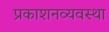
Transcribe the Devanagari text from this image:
प्रकाशनव्यवस्था